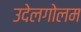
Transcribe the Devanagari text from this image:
उदेलगोलम